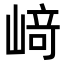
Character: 﨑